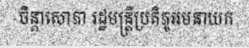
ចិន្តាសោភា រដ្ឋមន្ត្រីប្រតិភូអមនាយក